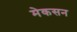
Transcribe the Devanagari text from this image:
मेकसन